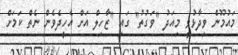
މައުމޫން ވިދާޅުވީ މިއަދު "ވަގުތު" ގައި "ޒާހިލް އަށް އެހީދެވެން ނެތް ކަމަށް